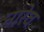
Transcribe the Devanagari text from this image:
नारेव